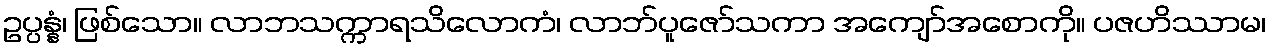
ဥပ္ပန္နံ၊ ဖြစ်သော။ လာဘသက္ကာရသိလောကံ၊ လာဘ်ပူဇော်သကာ အကျော်အစောကို။ ပဇဟိဿာမ၊